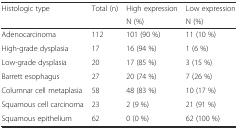
| <ROWSPAN=2> Histologic type | <ROWSPAN=2> Total (n) | High expression | Low expression |
 | N (%) | N (%) |
 | --- | --- | --- | --- |
 | Adenocarcinoma | 112 | 101 (90 %) | 11 (10 %) |
 | High-grade dysplasia | 17 | 16 (94 %) | 1 (6 %) |
 | Low-grade dysplasia | 20 | 17 (85 %) | 3 (15 %) |
 | Barrett esophagus | 27 | 20 (74 %) | 7 (26 %) |
 | Columnar cell metaplasia | 58 | 48 (83 %) | 10 (17 %) |
 | Squamous cell carcinoma | 23 | 2 (9 %) | 21 (91 %) |
 | Squamous epithelium | 62 | 0 (0 %) | 62 (100 %) |